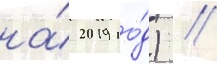
на́ 2019 го́д) //